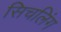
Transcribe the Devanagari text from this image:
सिचलिंग